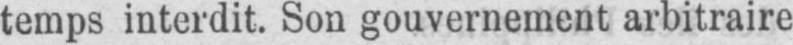
temps interdit. Son gouvernement arbitraire